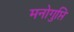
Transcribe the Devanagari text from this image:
मनोगुप्ति